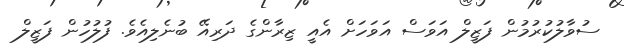
ސުވާލުކުރުމުން ފަޒީލް އަވަސް އަވަހަށް އެއީ ޒިރާންގެ ދަރިއޭ ބުނެލިއެވެ. ފުލުހުން ފަޒީލް